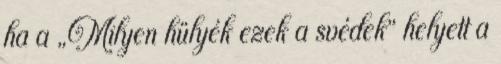
ha a „Milyen hülyék ezek a svédek” helyett a